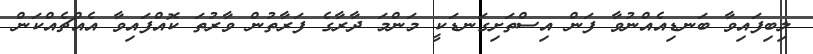
ލިބިފައިވާ ބަނޑިއެއްނުވާ ފަން އިސްތަށިގަނޑަކީ މަންމަ ދާރާގެ ފަރާތުން ވާރުތަ ކޮއްފައިވާ އެއްޗެއްކަން